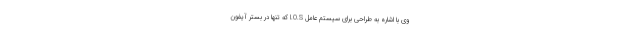
وی با اشاره به طراحی برای سیستم عامل I.O.S که تنها در بستر آیفون